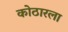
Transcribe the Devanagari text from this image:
कोठारला